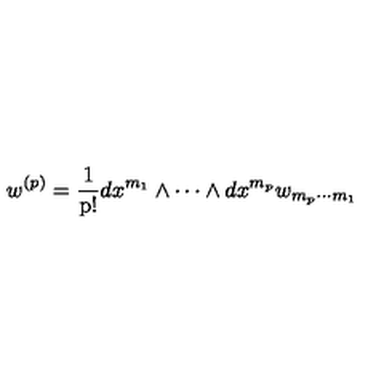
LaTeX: w ^ { ( p ) } = \mathrm { { \frac { 1 } { p ! } } } d x ^ { m _ { 1 } } \wedge \cdots \wedge d x ^ { m _ { p } } w _ { m _ { p } \cdots m _ { 1 } }